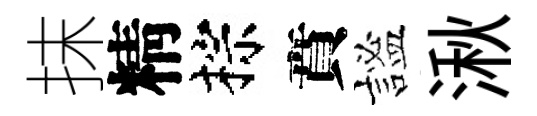
抹精棕賁謐湫